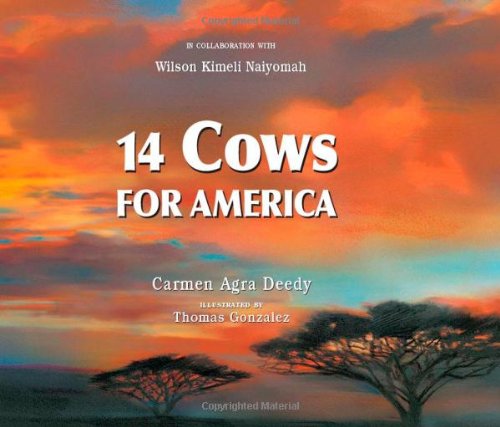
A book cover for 14 Cows for America; Carmen Agra Deedy; Children's Books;